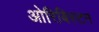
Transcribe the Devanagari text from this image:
ओरिबिस्टन